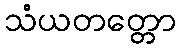
သံယတတ္တော